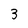
Character: 3